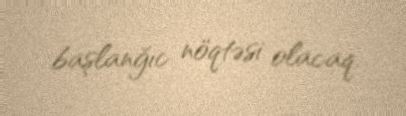
başlanğıc nöqtəsi olacaq.